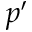
p ^ { \prime }